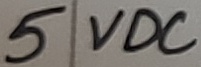
Text: 5 VDC